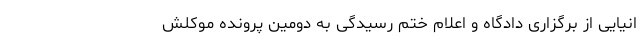
انیایی از برگزاری دادگاه و اعلام ختم رسیدگی به دومین پرونده موکلش